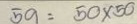
59 = 50 x 50